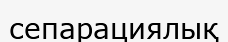
сепарациялық